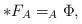
LaTeX: \begin{align*}\ast F_A = _A\Phi,\end{align*}